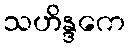
သဟိန္ဒကေ